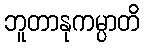
ဘူတာနုကမ္ပာတိ